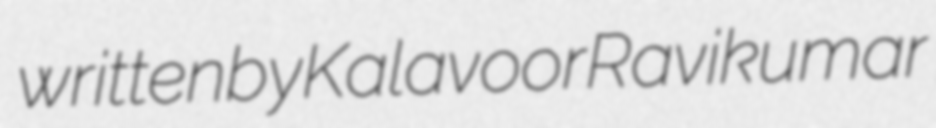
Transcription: written by Kalavoor Ravikumar